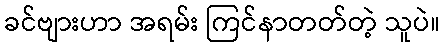
ခင်ဗျားဟာ အရမ်း ကြင်နာတတ်တဲ့ သူပဲ။